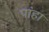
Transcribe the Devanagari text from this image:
पांहा